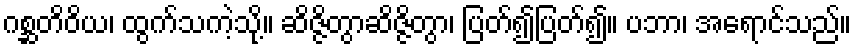
ဂစ္ဆတိဝိယ၊ ထွက်သကဲ့သို့။ ဆိဇ္ဇိတွာဆိဇ္ဇိတွာ၊ ပြတ်၍ပြတ်၍။ ပဘာ၊ အရောင်သည်။